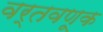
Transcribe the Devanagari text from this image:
वर्तवणूक